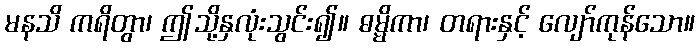
မနသိ ကရိတွာ၊ ဤသို့နှလုံးသွင်း၍။ ဓမ္မိကာ၊ တရားနှင့် လျော်ကုန်သော။